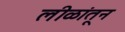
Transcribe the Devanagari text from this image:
लीळांतून